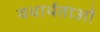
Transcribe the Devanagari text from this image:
यथार्थताओं